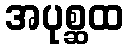
အပုစ္ဆထ